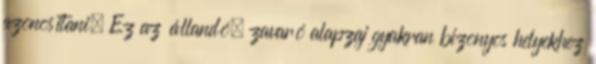
azonosítani. Ez az állandó, zavaró alapzaj gyakran bizonyos helyekhez